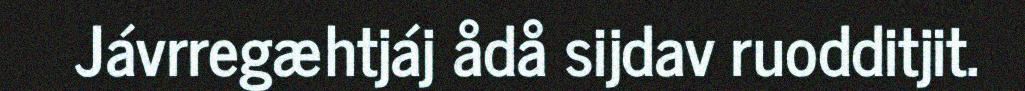
Jávrregæhtjáj ådå sijdav ruodditjit.